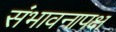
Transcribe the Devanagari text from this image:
संभावनापक्ष